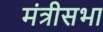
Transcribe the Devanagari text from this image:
मंत्रीसभा